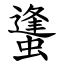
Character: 䗬